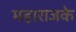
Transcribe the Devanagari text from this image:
महाराजके